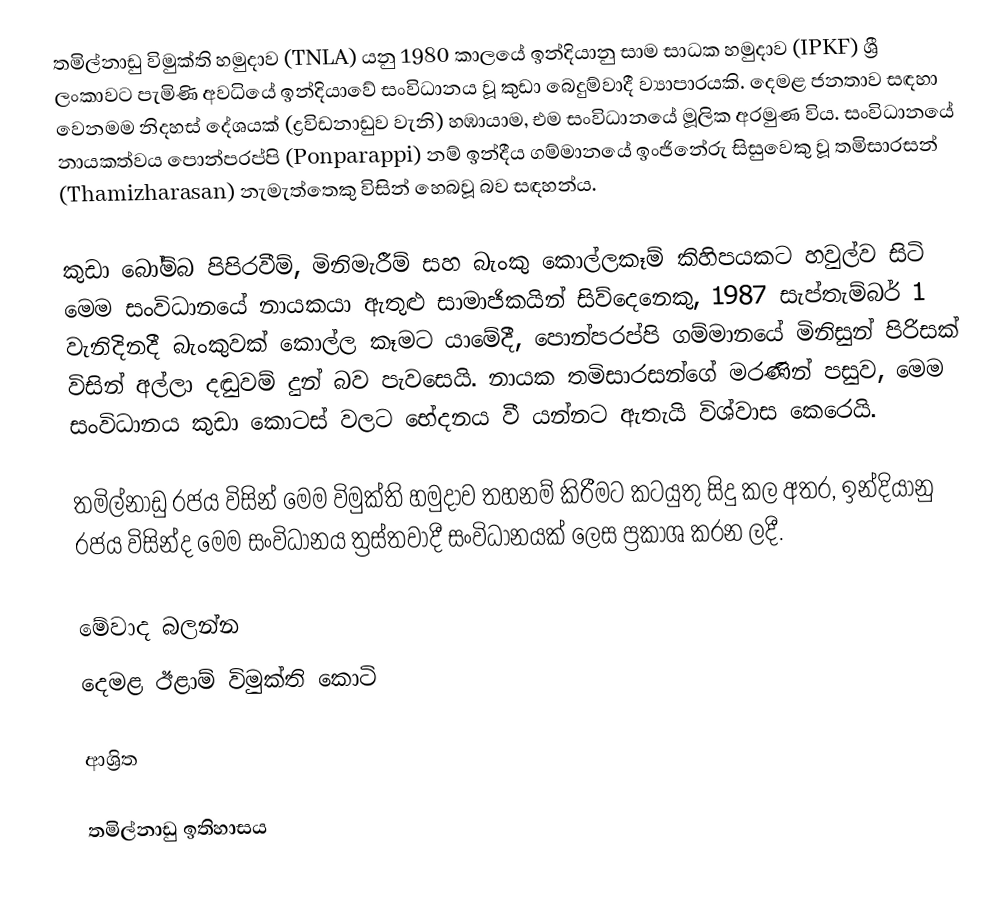
තමිල්නාඩු විමුක්ති හමුදාව (TNLA) යනු 1980 කාලයේ ඉන්දියානු සාම සාධක හමුදාව (IPKF) ශ්‍රී ලංකාවට පැමිණි අවධියේ ඉන්දියාවේ සංවිධානය වූ කුඩා බෙදුම්වාදී ව්‍යාපාරයකි. දෙමළ ජනතාව සඳහා වෙනමම නිදහස් දේශයක් (ද්‍රවිඩනාඩුව වැනි) හඹායාම, එම සංවිධානයේ මූලික අරමුණ විය. සංවිධානයේ නායකත්වය පොන්පරප්පි (Ponparappi) නම් ඉන්දීය ගම්මානයේ ඉංජිනේරු සිසුවෙකු වූ තමිසාරසන් (Thamizharasan) නැමැත්තෙකු විසින් හෙබවූ බව සඳහන්ය.

කුඩා බෝම්බ පිපිරවීම්, මිනිමැරීම් සහ බැංකු කොල්ලකෑම් කිහිපයකට හවුල්ව සිටි මෙම සංවිධානයේ නායකයා ඇතුළු සාමාජිකයින් සිව්දෙනෙකු, 1987 සැප්තැම්බර් 1 වැනිදිනදී බැංකුවක් කොල්ල කෑමට යාමේදී, පොන්පරප්පි ගම්මානයේ මිනිසුන් පිරිසක් විසින් අල්ලා දඬුවම් දුන් බව පැවසෙයි. නායක තමිසාරසන්ගේ මරණින් පසුව, මෙම සංවිධානය කුඩා කොටස් වලට භේදනය වී යන්නට ඇතැයි විශ්වාස කෙරෙයි.

තමිල්නාඩු රජය විසින් මෙම විමුක්ති හමුදාව තහනම් කිරීමට කටයුතු සිදු කල අතර, ඉන්දියානු රජය විසින්ද මෙම සංවිධානය ත්‍රස්තවාදී සංවිධානයක් ලෙස ප්‍රකාශ කරන ලදී.

මේවාද බලන්න
දෙමළ ඊළාම් විමුක්ති කොටි

ආශ්‍රිත

තමිල්නාඩු ඉතිහාසය